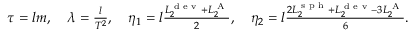
\begin{array} { r } { \tau = l m , \quad \lambda = \frac { l } { T ^ { 2 } } , \quad \eta _ { 1 } = l \frac { L _ { 2 } ^ { \textrm { d e v } } + L _ { 2 } ^ { \textrm { A } } } { 2 } , \quad \eta _ { 2 } = l \frac { 2 L _ { 2 } ^ { \textrm { s p h } } + L _ { 2 } ^ { \textrm { d e v } } - 3 L _ { 2 } ^ { \textrm { A } } } { 6 } . } \end{array}